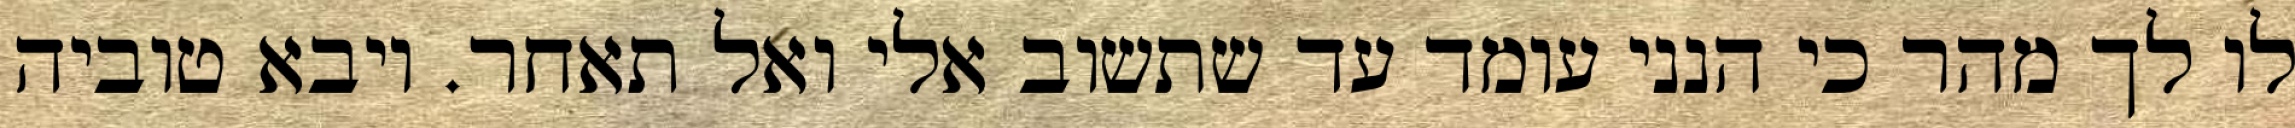
לו לך מהר כי הנני עומד עד שתשוב אלי ואל תאחר. ויבא טוביה